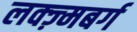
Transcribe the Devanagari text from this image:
लक्ज़्मबर्ग